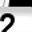
Digit: 2